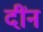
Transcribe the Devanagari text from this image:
दींन